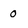
Character: 0